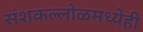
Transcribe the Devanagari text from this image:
संशकल्लोळमध्येही